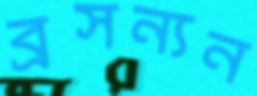
ব্রসন্যন